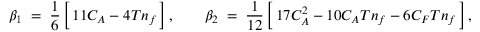
\beta _ { 1 } \; = \; \frac { 1 } { 6 } \, \Big [ \, 1 1 C _ { A } - 4 T n _ { f } \, \Big ] \, , \qquad \beta _ { 2 } \; = \; \frac { 1 } { 1 2 } \, \Big [ \, 1 7 C _ { A } ^ { 2 } - 1 0 C _ { A } T n _ { f } - 6 C _ { F } T n _ { f } \, \Big ] \, ,